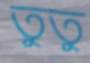
তুতু